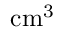
\mathrm { c m ^ { 3 } }